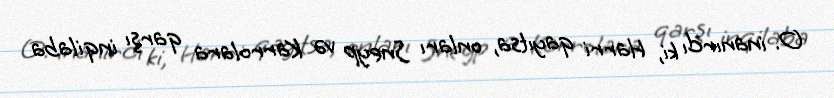
O. inanırdı ki, Harri qayıtsa, onları Sneyp və Karrolara qarşı inqilaba